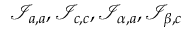
{ \mathcal { I } } _ { a , a } , { \mathcal { I } } _ { c , c } , { \mathcal { I } } _ { \alpha , a } , { \mathcal { I } } _ { \beta , c }